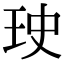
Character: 𤤭